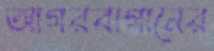
আগরবাগানের